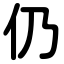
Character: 仍